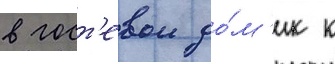
в гост'евои до́м'ик к